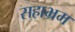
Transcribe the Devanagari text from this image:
सहाभ्रम